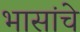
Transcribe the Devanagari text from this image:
भासांचे